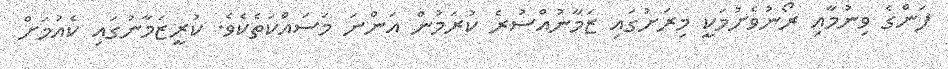
ފަންގެ ވިނުމާއި ރޯނުވެށުމަކީ މިރަށުގައި ޒަމާނުއްސުރެ ކުރަމުން އަންނަ މަސައްކަތެކެވެ. ކުރީޒަމާނުގައި ކެއުމަށް